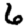
Digit: 6